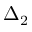
\Delta _ { 2 }